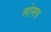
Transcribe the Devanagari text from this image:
सोमप